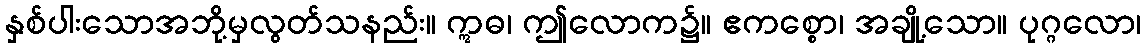
နှစ်ပါးသောအဘို့မှလွတ်သနည်း။ ဣဓ၊ ဤလောက၌။ ဧကစ္စော၊ အချို့သော။ ပုဂ္ဂလော၊